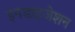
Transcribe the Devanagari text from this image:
इनडाइजेशन